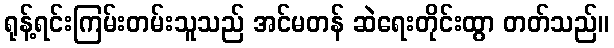
ရုန့်ရင်းကြမ်းတမ်းသူသည် အင်မတန် ဆဲရေးတိုင်းထွာ တတ်သည်။